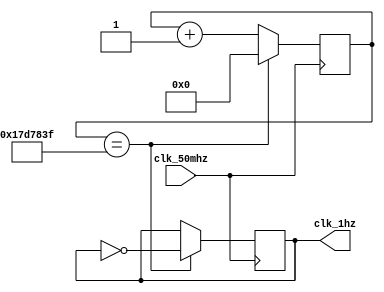
module clock_1hz (
    input clk_50mhz,
    output reg clk_1hz
);

reg [25:0] counter = 0;

always @(posedge clk_50mhz) begin
    if (counter == 24999999) begin
        counter <= 0;
        clk_1hz <= ~clk_1hz;
    end
    else begin
        counter <= counter + 1;
    end
end

endmodule